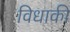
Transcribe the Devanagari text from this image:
विधाकी